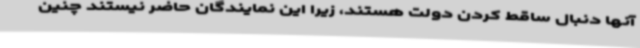
آنها دنبال ساقط کردن دولت هستند، زیرا این نمایندگان حاضر نیستند چنین